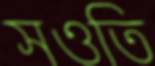
সওতি